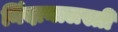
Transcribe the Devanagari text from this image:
निंदानालस्ती